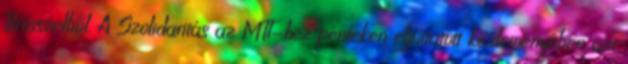
Brüsszelből. A Szolidaritás az MTI-hez pénteken eljuttatott közleményében azt